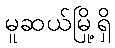
မူဆယ်မြို့ရှိ